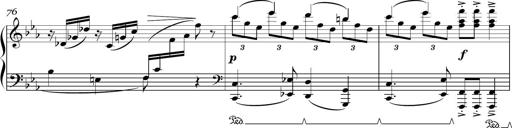
Title: Sonatina in E minor
Composer: Shuwen Zhang
Key: E minor